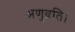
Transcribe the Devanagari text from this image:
अणुव्रति।